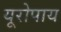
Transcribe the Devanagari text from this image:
यूरोपाय